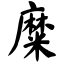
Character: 糜